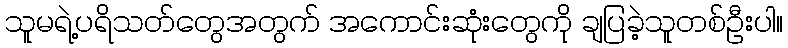
သူမရဲ့ပရိသတ်တွေအတွက် အကောင်းဆုံးတွေကို ချပြခဲ့သူတစ်ဦးပါ။